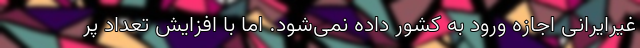
غیرایرانی اجازه ورود به کشور داده نمی‌شود. اما با افزایش تعداد پر